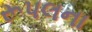
રૂપલના